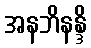
အနဘိနန္ဒိ